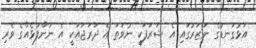
އަޅުގަނޑުގެ ނަޒަރުގައި އެ ޝަރަފަކީ ނުވަތަ އެ ދަރަޖައަކީ އެ ނަންފުޅެއްގެ ވެރި